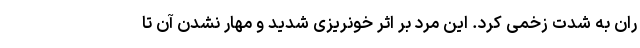
ران به شدت زخمی کرد. این مرد بر اثر خونریزی شدید و مهار نشدن آن تا